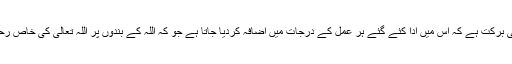
غرض کہ اس ماہ کی برکت ہے کہ اس میں ادا کئے گئے ہر عمل کے درجات میں اضافہ کردیا جاتا ہے جو کہ اللہ کے بندوں پر اللہ تعالیٰ کی خاص رحمت شمار ہوتی ہے۔